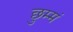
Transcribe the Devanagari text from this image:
छुम्मं